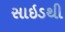
સાઇડથી